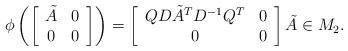
LaTeX: \begin{align*}\phi\left(\left[\begin{array}{cc} \tilde A & 0 \\0 & 0 \end{array} \right]\right) = \left[\begin{array}{cc}QD \tilde A ^T D^{-1}Q^T & 0 \\0 & 0 \end{array}\right] \tilde A \in M_2.\end{align*}